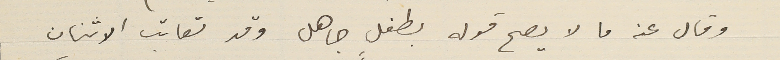
وقال عنه ما لا يصح قوله بطفل جاهل وقد تعاتب الاثنان